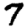
Digit: 7